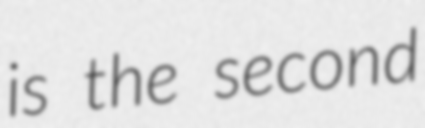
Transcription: is the second